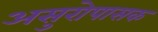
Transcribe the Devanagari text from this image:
असुरोपासक